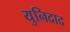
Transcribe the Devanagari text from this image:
युनिदाद